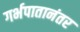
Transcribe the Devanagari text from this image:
गर्भपातानंतर